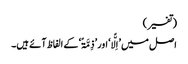
(تفسیر)
اصل میں ’اِلًّا‘ اور ’ذِمَّۃً‘ کے الفاظ آئے ہیں۔